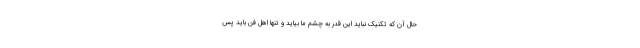
حال آن که تکنیک نباید این قدر به چشم ما بیاید و تنها اهل فن باید پس